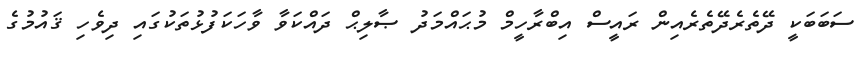
ސަބަބަކީ ދޭތެރެދޭތެރެއިން ރައީސް އިބްރާހީމް މުޙައްމަދު ޞާލިޙް ދައްކަވާ ވާހަކަފުޅުތަކުގައި ދިވެހި ޤައުމުގެ